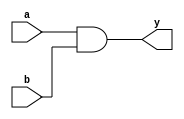
module simple_continuous_assignment (
    input wire a,       // Input signal a
    input wire b,       // Input signal b
    output wire y       // Output signal y
);

// Continuous assignment using the assign statement
assign y = a & b;      // y is driven by the logical AND of a and b

endmodule